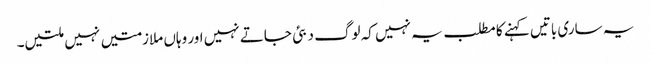
یہ ساری باتیں کہنے کا مطلب یہ نہیں کہ لوگ دبئی جاتے نہیں اور وہاں ملازمتیں نہیں ملتیں۔